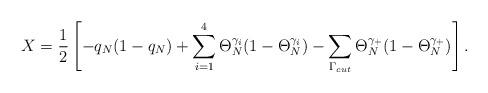
LaTeX: \begin{align*}X = \frac{1}{2}\left[ -q_{N}(1 - q_{N}) + \sum_{i=1}^4 \Theta_{N}^{\gamma_i}(1 - \Theta_{N}^{\gamma_i}) - \sum_{\Gamma_{cut}}\Theta_{N}^{\gamma_+}(1 - \Theta_{N}^{\gamma_+}) \right].\end{align*}